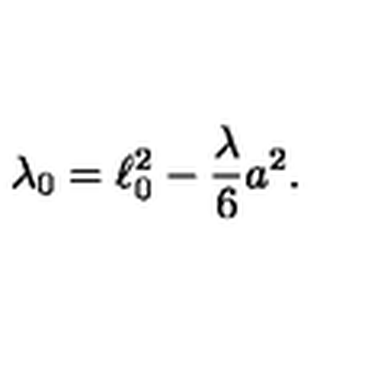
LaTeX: \lambda _ { 0 } = \ell _ { 0 } ^ { 2 } - \frac { \lambda } { 6 } a ^ { 2 } .